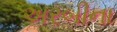
અરબીના